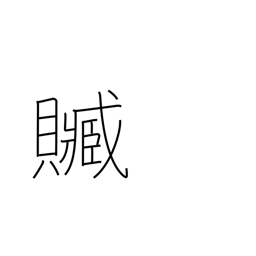
Meaning: bribery